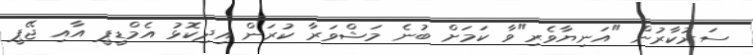
ސަރުކާރުން "އަނިޔާވެރި"ވާ ކަމަށް ބުނެ މަޝްވަރާ ކުރަން އިދިކޮޅު އެމްޑީޕީ އާއި ޖޭޕީ